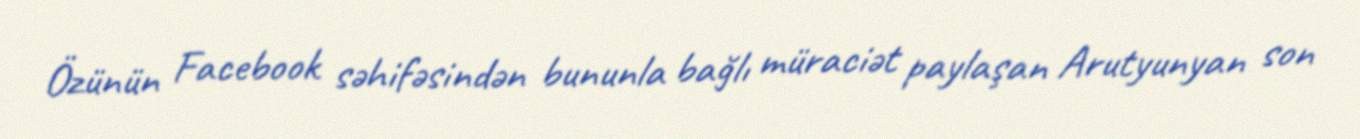
Özünün Facebook səhifəsindən bununla bağlı müraciət paylaşan Arutyunyan son